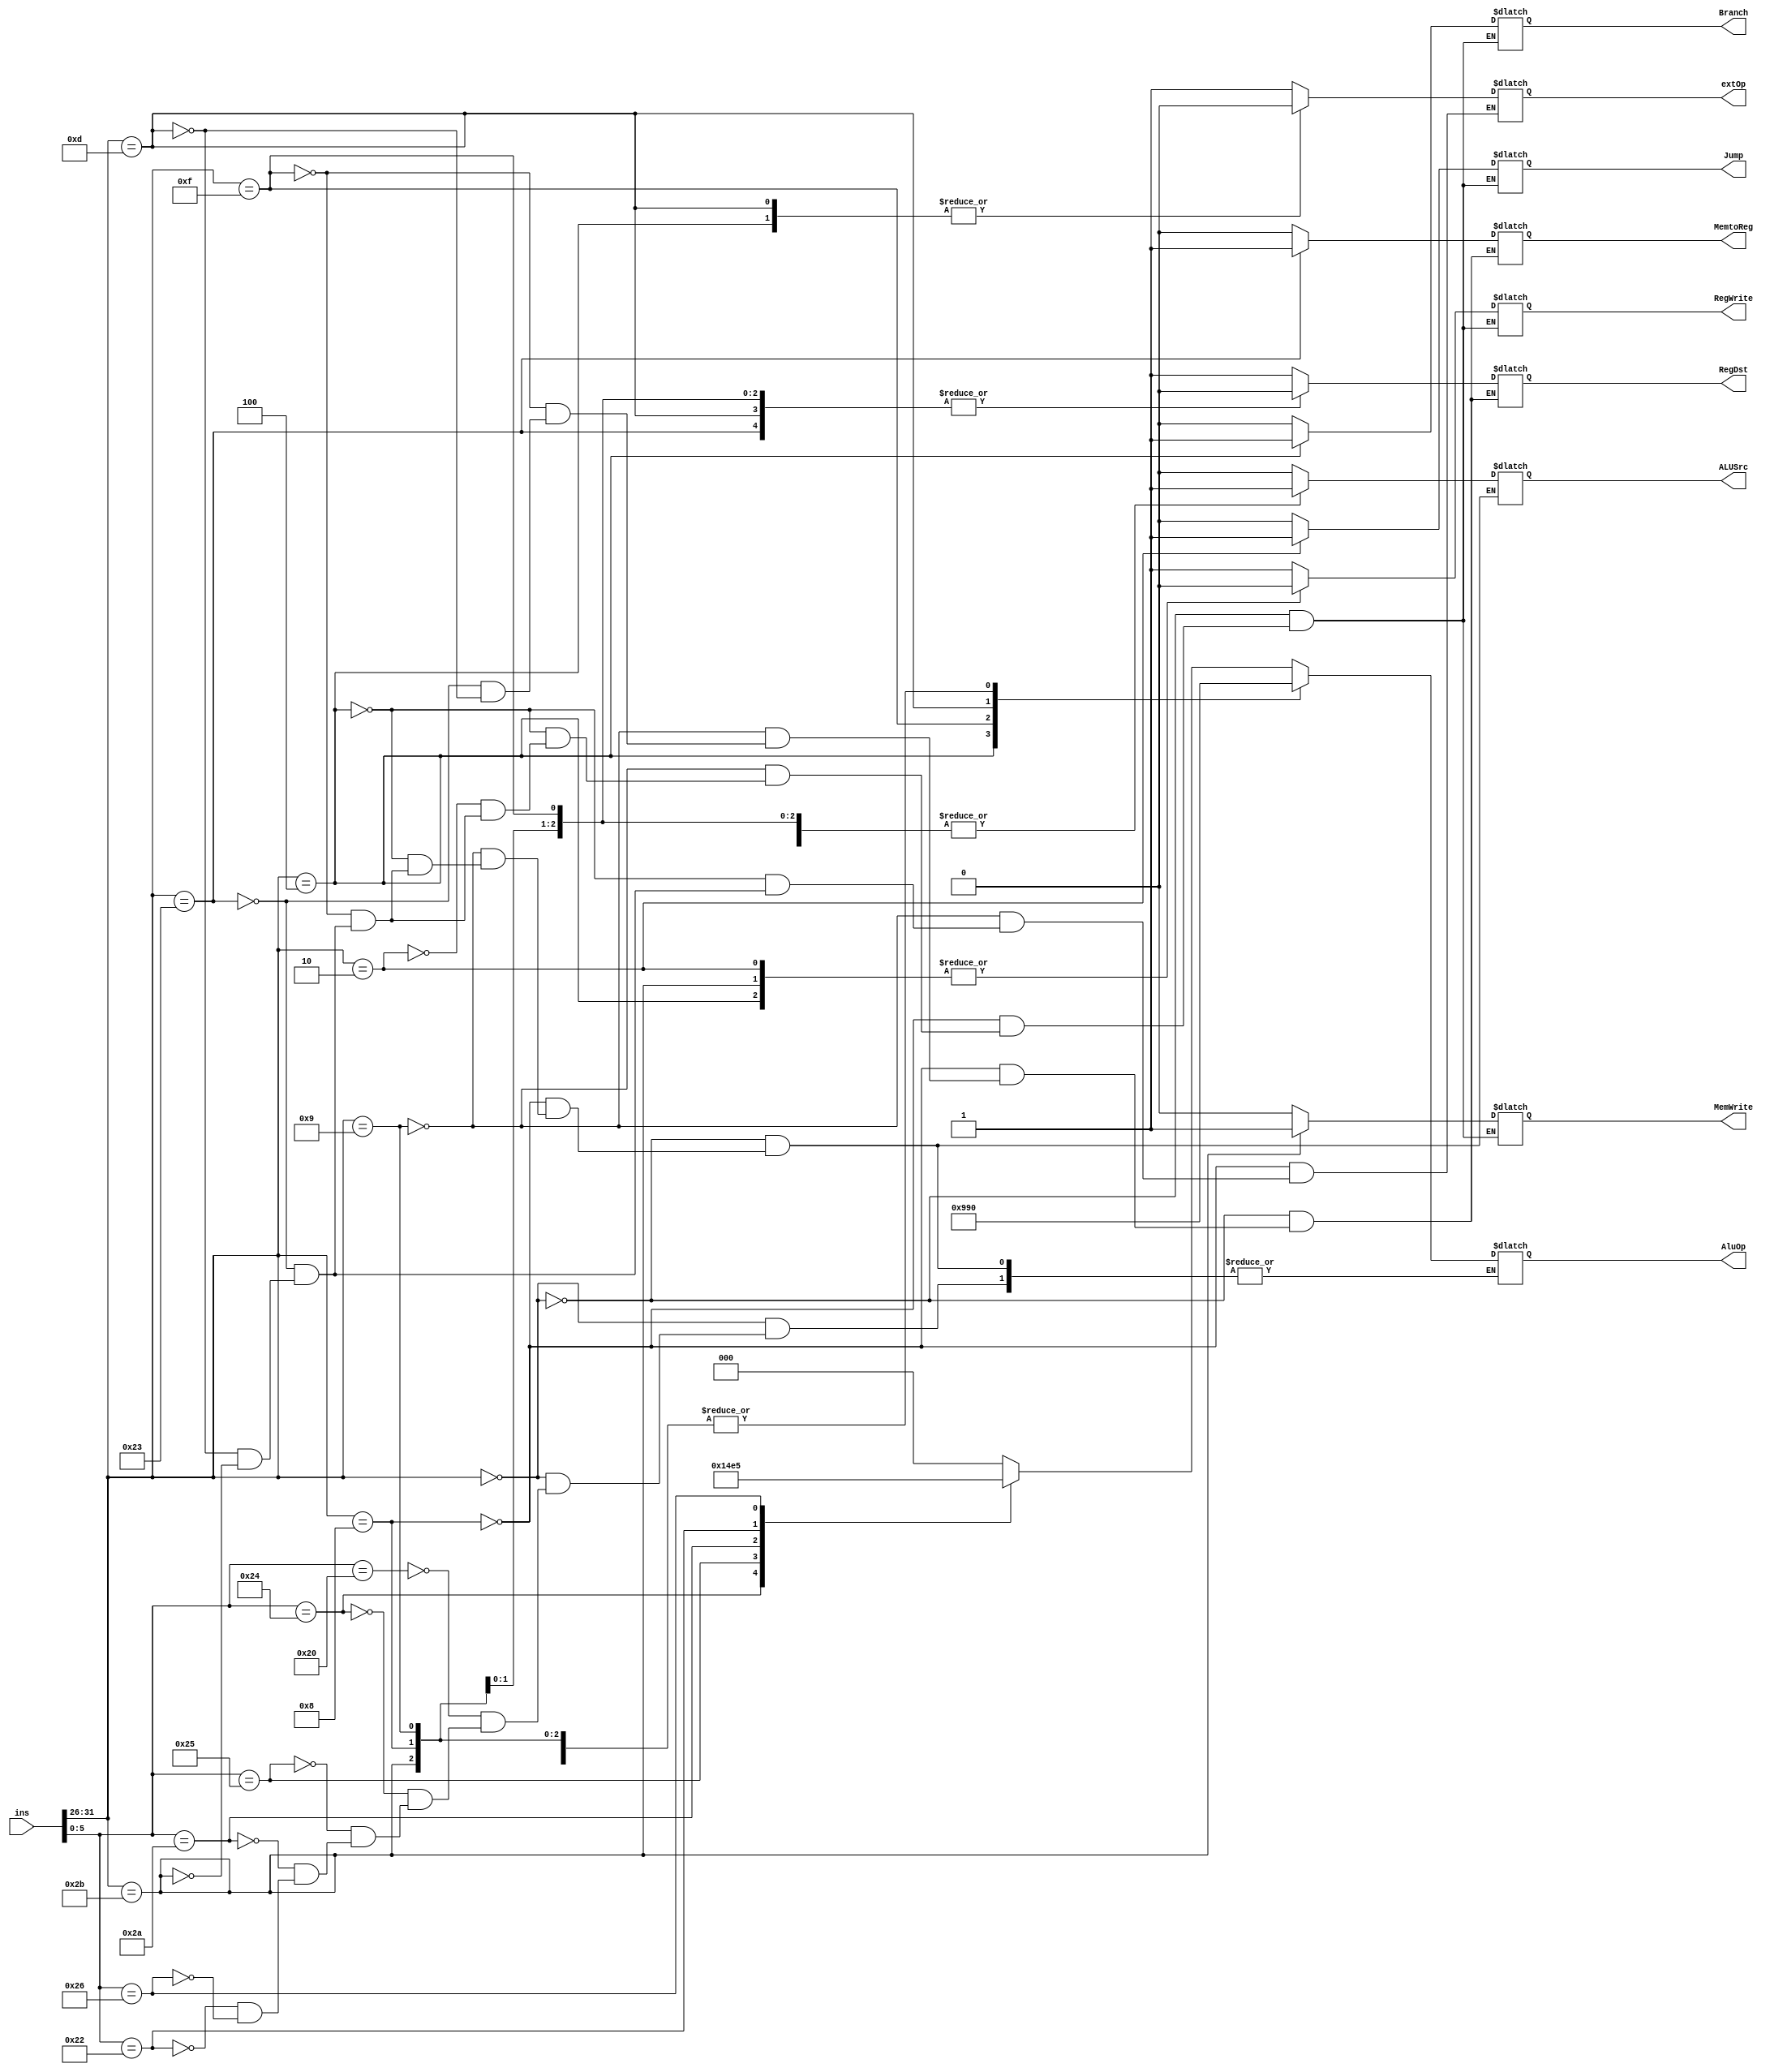
module ctrl(ins, Branch, Jump, RegDst, RegWrite, ALUSrc, MemWrite, MemtoReg, AluOp, extOp);
    input [31:0] ins;

    output reg Branch;
    output reg Jump;
    output reg RegDst;
    output reg RegWrite;
    output reg ALUSrc;
    output reg MemWrite;
    output reg MemtoReg;
    output reg [2:0] AluOp;
    output reg extOp;

    wire [5:0] op;
    wire [5:0] func;

    assign op = ins[31:26]; //JI
    assign func = ins[5:0]; //R

    parameter R = 6'b000000;
    parameter ADDI = 6'b001000;
    parameter ADDIU = 6'b001001;
    parameter BEQ = 6'b000100;
    parameter J = 6'b000010;
    parameter LUI = 6'b001111;
    parameter LW  = 6'b100011;
    parameter ORI = 6'b001101;
    parameter SW = 6'b101011;
    parameter ADD = 6'b100000;
    parameter AND = 6'b100100;
    parameter OR  = 6'b100101;
    parameter SLT = 6'b101010;
    parameter SUB = 6'b100010;
    parameter XOR = 6'b100110;

    always @(*) 
    begin
        case (op)
            R:
                begin
                  Branch = 0;
                  Jump = 0;
                  RegDst = 1;
                  RegWrite = 1;
                  ALUSrc = 0;
                  MemWrite = 0;
                  MemtoReg = 0;
                  case (func)
                    ADD: AluOp = 3'b000;
                    AND: AluOp = 3'b001;
                    OR:  AluOp = 3'b010;
                    SLT: AluOp = 3'b011;
                    SUB: AluOp = 3'b100;
                    XOR: AluOp = 3'b101;
                  endcase
                end
            ADDI:
                begin
                  Branch = 0;
                  Jump = 0;
                  RegDst = 0;
                  RegWrite = 1;
                  ALUSrc = 1;
                  MemWrite = 0;
                  MemtoReg = 0;
                  extOp = 1;
                  AluOp = 3'b000; //ADD
                end
            ADDIU:
                begin
                  Branch = 0;
                  Jump = 0;
                  RegDst = 0;
                  RegWrite = 1;
                  ALUSrc = 1;
                  MemWrite = 0;
                  MemtoReg = 0;
                  extOp = 1;
                  AluOp = 3'b000; //ADD
                end
            BEQ:
                begin
                  Branch = 1;
                  Jump = 0;
                  RegWrite = 0;
                  ALUSrc = 0;
                  MemWrite = 0;
                  extOp = 0;
                  AluOp = 3'b100; //SUB
                end
            J:
                begin
                  Branch = 0;
                  Jump = 1;
                  RegWrite = 0;
                  MemWrite = 0;
                end
            LUI:
                begin
                  Branch = 0;
                  Jump = 0;
                  RegDst = 0;
                  RegWrite = 1;
                  ALUSrc = 1;
                  MemWrite = 0;
                  MemtoReg = 0;
                  AluOp = 3'b110;
                end
            LW:
                begin
                  Branch = 0;
                  Jump = 0;
                  RegDst = 0;
                  RegWrite = 1;
                  ALUSrc = 1;
                  MemWrite = 0;
                  MemtoReg = 1;
                  extOp = 1;
                  AluOp = 3'b000;
                end
            ORI:
                begin
                  Branch = 0;
                  Jump = 0;
                  RegDst = 0;
                  RegWrite = 1;
                  ALUSrc = 1;
                  MemWrite = 0;
                  MemtoReg = 0;
                  extOp = 0;
                  AluOp = 3'b010;
                end
            SW:
                begin
                  Branch = 0;
                  Jump = 0;
                  //RegDst = 0;
                  RegWrite = 0;
                  ALUSrc = 1;
                  MemWrite = 1;
                  //MemtoReg = 0;
                  extOp = 1;
                  AluOp = 3'b000;
                end
        endcase
        ////$display("ctrl  op:%h func:%h ins:%h Branch:%h Jump:%h RegDst:%h RegWrite:%h ALUSrc:%h MemWrite:%h MemtoReg:%h AluOp:%h extOp:%h",op, func, ins, Branch, Jump, RegDst, RegWrite, ALUSrc, MemWrite, MemtoReg, AluOp, extOp);
    end
endmodule //control